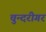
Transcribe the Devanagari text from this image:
चुन्दरीगर